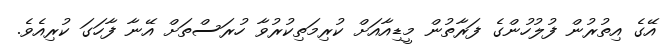
އޭގެ އިތުރުން ފުލުހުންގެ ފަރާތުން މީޑިއާއަށް ކުރިމަތިކުރުވާ ހުރަސްތަށް އޭނާ ފާހަގަ ކުރިއެވެ.